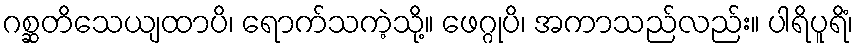
ဂစ္ဆတိသေယျထာပိ၊ ရောက်သကဲ့သို့။ ဖေဂ္ဂုပိ၊ အကာသည်လည်း။ ပါရိပူရိံ၊